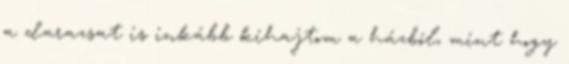
a darazsat is inkább kihajtom a házból, mint hogy